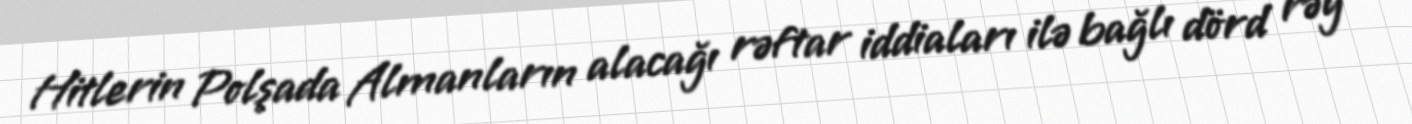
Hitlerin Polşada Almanların alacağı rəftar iddiaları ilə bağlı dörd rəy